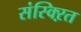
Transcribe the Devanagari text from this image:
संस्क्ऱित